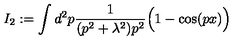
I _ { 2 } : = \int d ^ { 2 } p \frac { 1 } { ( p ^ { 2 } + \lambda ^ { 2 } ) p ^ { 2 } } \Big ( 1 - \cos ( p x ) \Big )